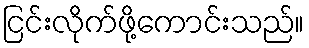
ငြင်းလိုက်ဖို့ကောင်းသည်။